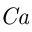
\mathit { C a }